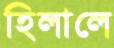
হিলালে